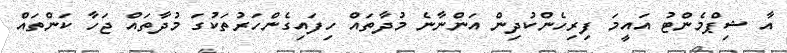
އާ ޝިޕްމެންޓު އައީމަ ފިރިހެންކުދިން އަންނާނެ މުދާތައް ހިފައިގެންހަރުތަކުގަ މުދާތައް ޖަހާ ކަަންތައް